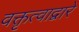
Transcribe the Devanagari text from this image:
वक्तृत्वाद्वारे